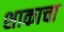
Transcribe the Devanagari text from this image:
शाकाचा